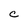
Character: C